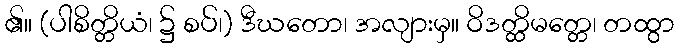
၏။ (ပါစိတ္တိယံ၊ ၌ စပ်၊) ဒီဃတော၊ အလျားမှ။ ဝိဒတ္ထိမတ္တေ၊ တထွာ